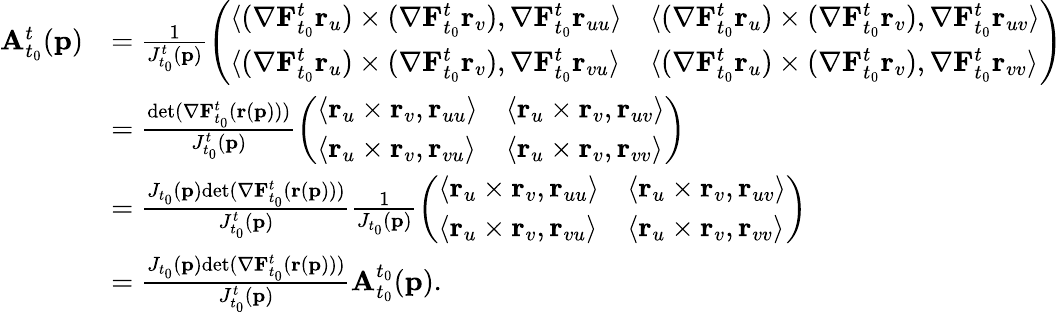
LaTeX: \begin{array}{rl}{\mathbf{A}_{t_{0}}^{t}(\mathbf{p})}&{=\frac{1}{J_{t_{0}}^{t}(\mathbf{p})}\left(\begin{array}{ll}{\langle(\mathbf{\nabla}\mathbf{F}_{t_{0}}^{t}\mathbf{r}_{u})\times(\mathbf{\nabla}\mathbf{F}_{t_{0}}^{t}\mathbf{r}_{v}),\mathbf{\nabla}\mathbf{F}_{t_{0}}^{t}\mathbf{r}_{uu}\rangle}&{\langle(\mathbf{\nabla}\mathbf{F}_{t_{0}}^{t}\mathbf{r}_{u})\times(\mathbf{\nabla}\mathbf{F}_{t_{0}}^{t}\mathbf{r}_{v}),\mathbf{\nabla}\mathbf{F}_{t_{0}}^{t}\mathbf{r}_{uv}\rangle}\\ {\langle(\mathbf{\nabla}\mathbf{F}_{t_{0}}^{t}\mathbf{r}_{u})\times(\mathbf{\nabla}\mathbf{F}_{t_{0}}^{t}\mathbf{r}_{v}),\mathbf{\nabla}\mathbf{F}_{t_{0}}^{t}\mathbf{r}_{vu}\rangle}&{\langle(\mathbf{\nabla}\mathbf{F}_{t_{0}}^{t}\mathbf{r}_{u})\times(\mathbf{\nabla}\mathbf{F}_{t_{0}}^{t}\mathbf{r}_{v}),\mathbf{\nabla}\mathbf{F}_{t_{0}}^{t}\mathbf{r}_{vv}\rangle}\end{array}\right)}\\ &{=\frac{\textup{det}(\mathbf{\nabla}\mathbf{F}_{t_{0}}^{t}(\mathbf{r}(\mathbf{p})))}{J_{t_{0}}^{t}(\mathbf{p})}\left(\begin{array}{ll}{\langle\mathbf{r}_{u}\times\mathbf{r}_{v},\mathbf{r}_{uu}\rangle}&{\langle\mathbf{r}_{u}\times\mathbf{r}_{v},\mathbf{r}_{uv}\rangle}\\ {\langle\mathbf{r}_{u}\times\mathbf{r}_{v},\mathbf{r}_{vu}\rangle}&{\langle\mathbf{r}_{u}\times\mathbf{r}_{v},\mathbf{r}_{vv}\rangle}\end{array}\right)}\\ &{=\frac{J_{t_{0}}(\mathbf{p})\textup{det}(\mathbf{\nabla}\mathbf{F}_{t_{0}}^{t}(\mathbf{r}(\mathbf{p})))}{J_{t_{0}}^{t}(\mathbf{p})}\frac{1}{J_{t_{0}}(\mathbf{p})}\left(\begin{array}{ll}{\langle\mathbf{r}_{u}\times\mathbf{r}_{v},\mathbf{r}_{uu}\rangle}&{\langle\mathbf{r}_{u}\times\mathbf{r}_{v},\mathbf{r}_{uv}\rangle}\\ {\langle\mathbf{r}_{u}\times\mathbf{r}_{v},\mathbf{r}_{vu}\rangle}&{\langle\mathbf{r}_{u}\times\mathbf{r}_{v},\mathbf{r}_{vv}\rangle}\end{array}\right)}\\ &{=\frac{J_{t_{0}}(\mathbf{p})\textup{det}(\mathbf{\nabla}\mathbf{F}_{t_{0}}^{t}(\mathbf{r}(\mathbf{p})))}{J_{t_{0}}^{t}(\mathbf{p})}\mathbf{A}_{t_{0}}^{t_{0}}(\mathbf{p}).}\end{array}